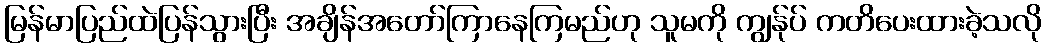
မြန်မာပြည်ထဲပြန်သွားပြီး အချိန်အတော်ကြာနေကြမည်ဟု သူမကို ကျွန်ုပ် ကတိပေးထားခဲ့သလို